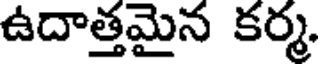
ఉదాత్తమైన కర్మ.